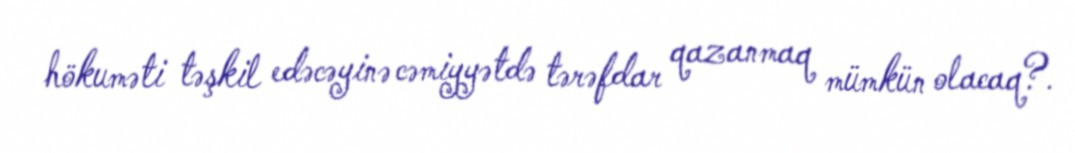
hökuməti təşkil edəcəyinə cəmiyyətdə tərəfdar qazanmaq mümkün olacaq?.